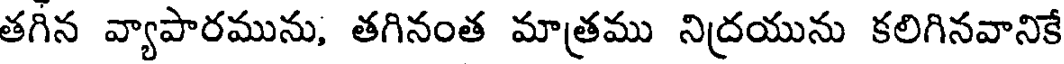
తగిన వ్యాపారమును, తగినంత మాత్రము నిద్రయును కలిగినవానికే